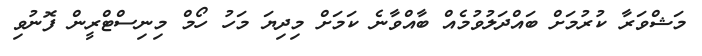
މަޝްވަރާ ކުރުމަށް ބައްދަލުވުމެއް ބާއްވާނެ ކަމަށް މިދިޔަ މަހު ހޯމް މިނިސްޓްރީން ފޮނުވި